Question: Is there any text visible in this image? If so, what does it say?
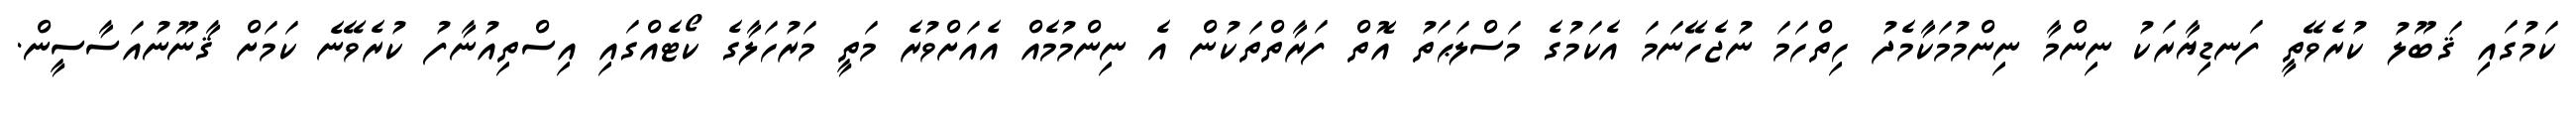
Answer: ކަމުގައި ޤަބޫލު ކުރެވޭތީ ފަނޑިޔާރަކު ނިންމާ ނިންމުމަކާމެދު ހިތްހަމަ ނުޖެހޭނަމަ އެކަމުގެ މަސްލަޙަތު އޮތް ފަރާތްތަކުން އެ ނިންމުމެއް އެއަށްވުރެ މަތީ މަރުހަލާގެ ކޯޓެއްގައި އިސްތިއުނާފު ކުރެވޭނެ ކަމަށް ޤާނޫނުއަސާސީން.